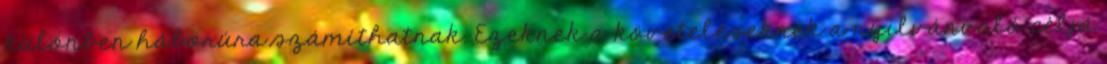
különben háborúra számíthatnak. Ezeknek a követeléseknek a nyilvánvaló célja